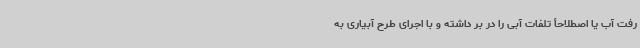
رفت آب یا اصطلاحأ تلفات آبی را در بر داشته و با اجرای طرح آبیاری به